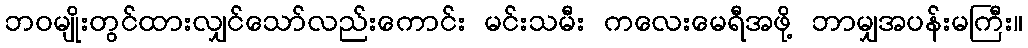
ဘဝမျိုးတွင်ထားလျှင်သော်လည်းကောင်း မင်းသမီး ကလေးမေရီအဖို့ ဘာမျှအပန်းမကြီး။